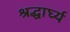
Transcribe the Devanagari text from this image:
श्रद्धार्घ्य